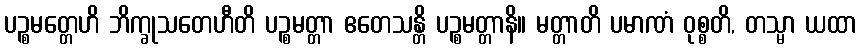
ပဉ္စမတ္တေဟိ ဘိက္ခုသတေဟီတိ ပဉ္စမတ္တာ ဧတေသန္တိ ပဉ္စမတ္တာနိ။ မတ္တာတိ ပမာဏံ ဝုစ္စတိ, တသ္မာ ယထာ